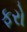
ફરો